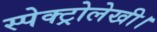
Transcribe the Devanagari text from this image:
स्पेक्ट्रोलेखी।